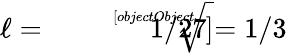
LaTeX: \ell={\sqrt[[objectObject]]{1/27}}=1/3